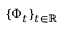
\{ \Phi _ { t } \} _ { t \in \mathbb { R } }